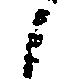
之